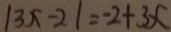
\vert 3 x - 2 \vert = - 2 + 3 x